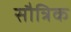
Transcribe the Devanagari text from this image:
सौत्रिक